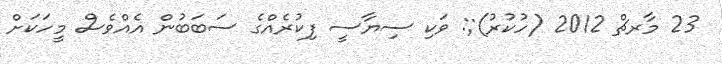
23 މާރޗް 2012 (ހުކުރު);: ވަކި ސިޔާސީ ފިކުރެއްގެ ސަބަބުން އެއްވެސް މީހަކަށް